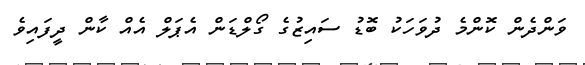
ވަންދެން ކޮންމެ ދުވަހަކު ބޮޑު ސައިޒުގެ ގޯލްޑަން އެޕަލް އެއް ކާން ދީފައިވެ